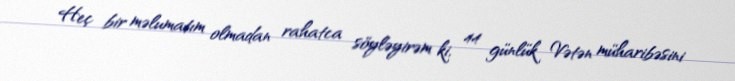
Heç bir məlumatım olmadan rahatca söyləyirəm ki, 44 günlük Vətən müharibəsini